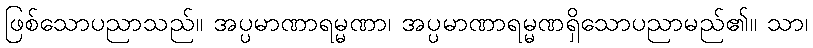
ဖြစ်သောပညာသည်။ အပ္ပမာဏာရမ္မဏာ၊ အပ္ပမာဏာရမ္မဏရှိသောပညာမည်၏။ သာ၊